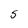
Character: S